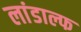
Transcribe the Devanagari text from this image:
लांडाल्फ